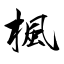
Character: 楓